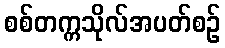
စစ်တက္ကသိုလ်အပတ်စဉ်